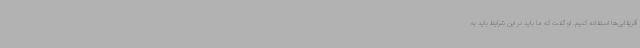
آفریقایی‌ها استفاده کنیم. او گفت که ما باید در این شرایط باید به